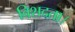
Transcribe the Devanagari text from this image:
विशदता।